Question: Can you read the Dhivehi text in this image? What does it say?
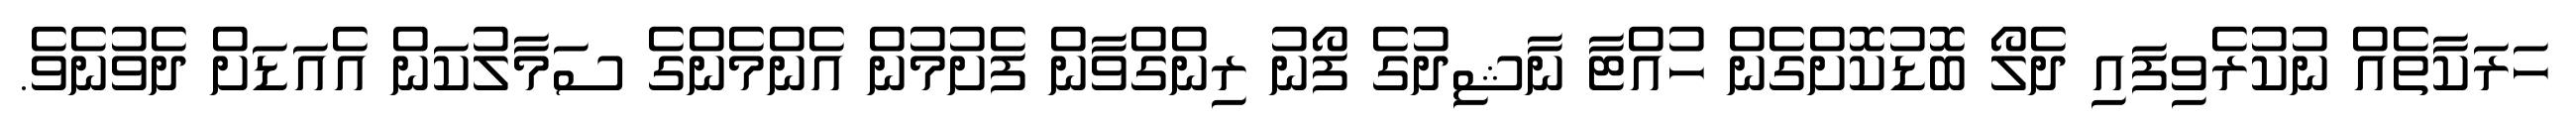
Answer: ހަރަކާތެއް ނުކުރެވިފައި ދެލޯ ބޮޑުކޮށްގެން ހުއްޓާ ނާޝިދުގެ ފޯނު ރިންގްވާން ފެށުމުން އެންމެންގެ ސަމާލުކަން އެއަޑަށް ދެވުނެވެ.